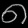
Digit: ၈